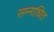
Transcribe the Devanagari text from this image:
सम्नाधित